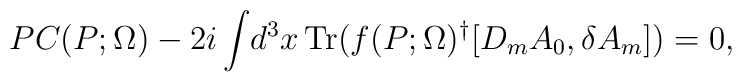
PC(P;\Omega)-2i \int\! d^3x\, {\rm Tr}(f(P;\Omega)^\dagger [D_m A_0, \delta A_m]) =0 ,